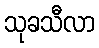
သုခသီလာ